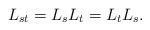
LaTeX: \begin{align*}L_{st}=L_sL_t=L_tL_s.\end{align*}